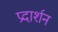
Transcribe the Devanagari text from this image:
प्रदार्शन